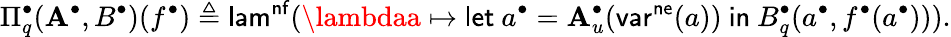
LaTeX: \Pi_{q}^{\bullet}(\mathbf{A}^{\bullet},B^{\bullet})(f^{\bullet})\triangleq\mathsf{{lam}}^{\mathsf{{nf}}}(\lambdaa\mapsto\mathsf{{let}}\ a^{\bullet}=\mathbf{A}_{u}^{\bullet}(\mathsf{{var}}^{\mathsf{{ne}}}(a))\ \mathsf{{in}}\ B_{q}^{\bullet}(a^{\bullet},f^{\bullet}(a^{\bullet}))).